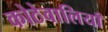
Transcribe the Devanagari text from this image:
कोठेवालियाँ